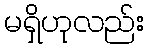
မရှိဟုလည်း